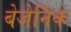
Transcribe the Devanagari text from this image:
बेजेर्निक